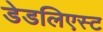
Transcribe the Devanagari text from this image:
डेडलिएस्ट